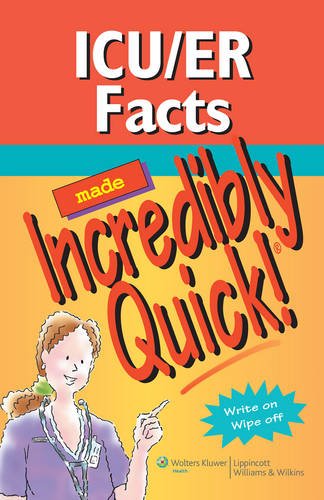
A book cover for ICU/ER Facts Made Incredibly Quick (Incredibly Easy! SeriesÂ®); Lippincott; Medical Books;